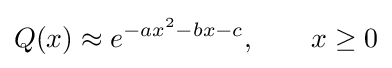
Q(x)\approx e^{-ax^{2}-bx-c},\qquad x\geq 0